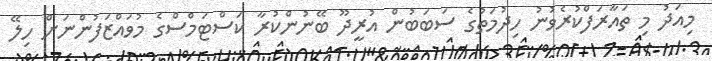
މިއަދު މި ތައާރަފްކުރެވުނު ހިދުމަތުގެ ސަބަބުން އުރީދޫ ބޭނުންކުރާ ކަސްޓަމްސްގެ މުވައްޒަފުންނަށް ހިލޭ